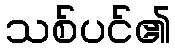
သစ်ပင်၏